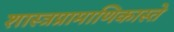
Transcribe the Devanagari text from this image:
शास्त्रप्रामाणिकास्ते